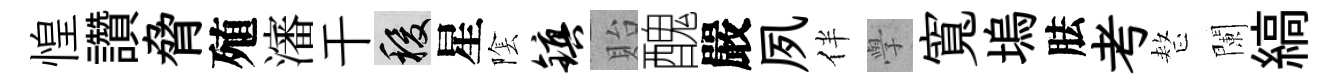
惶讚脅殖瀋干稷星隂镇貽醜嚴夙伴𭓕寬塢胠考整闌縞